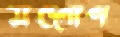
সদ্‌গোপ